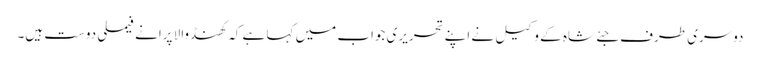
دوسری طرف جئے شاہ کے وکیل نے اپنے تحریری جواب میں کہا ہے کہ کھنڈوالا پرانے فیملی دوست ہیں۔